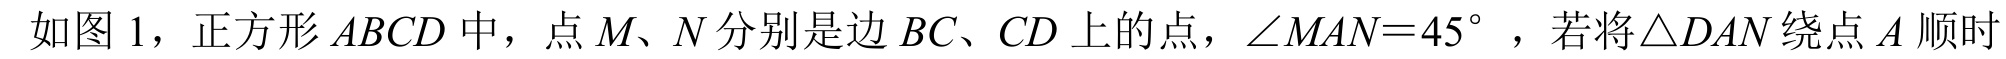
如图1，正方形\(ABCD\)中，点\(M、N\)分别是边\(BC、CD\)上的点，\(\angle MAN = 45^{\circ}\) ，若将\(\triangle DAN\)绕点\(A\)顺时